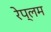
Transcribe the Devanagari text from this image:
रेप्लम